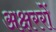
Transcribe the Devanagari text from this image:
अक्षररों